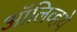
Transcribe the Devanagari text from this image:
ऑलिव्हये